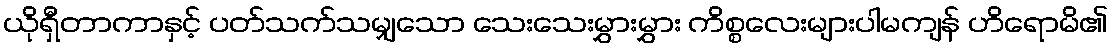
ယိုရှီတာကာနှင့် ပတ်သက်သမျှသော သေးသေးမွှားမွှား ကိစ္စလေးများပါမကျန် ဟိရောမိ၏